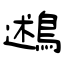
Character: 鶐